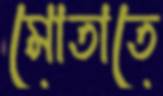
মোতাতে